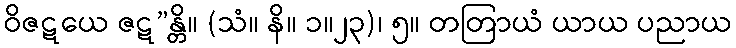
ဝိဇဋယေ ဇဋ”န္တိ။ (သံ။ နိ။ ၁။၂၃)၊ ၅။ တတြာယံ ယာယ ပညာယ